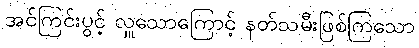
အင်ကြင်းပွင့် လှူသောကြောင့် နတ်သမီးဖြစ်ကြသော